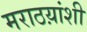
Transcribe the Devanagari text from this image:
मराठय़ांशी